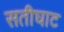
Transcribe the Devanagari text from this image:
सतीघाट